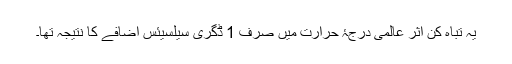
یہ تباہ کُن اثر عالمی درجۂ حرارت میں صرف 1 ڈگری سیلسیئس اضافے کا نتیجہ تھا۔